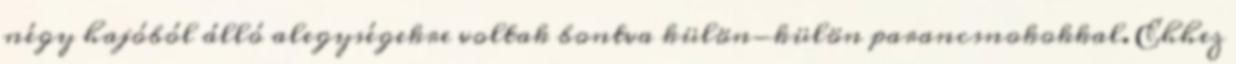
négy hajóból álló alegységekre voltak bontva külön-külön parancsnokokkal. Ehhez